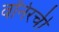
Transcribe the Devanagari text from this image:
वॉर्नरची